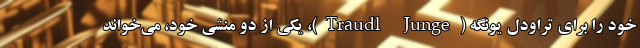
خود را برای تراودل یونگه (Traudl Junge)، یکی از دو منشی خود، می‌خواند